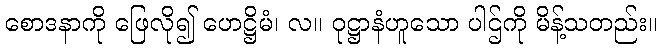
စောဒနာကို ဖြေလို၍ ဟေဋ္ဌိမံ၊ လ။ ဝုဋ္ဌာနံဟူသော ပါဌ်ကို မိန့်သတည်း။